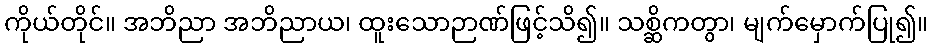
ကိုယ်တိုင်။ အဘိညာ အဘိညာယ၊ ထူးသောဉာဏ်ဖြင့်သိ၍။ သစ္ဆိကတွာ၊ မျက်မှောက်ပြု၍။